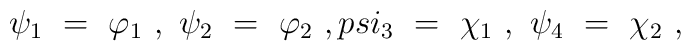
\psi_1 \ =\ \varphi_1 \ ,\ \psi_2 \ =\ \varphi_2 \ ,\\psi_3 \ =\ \chi_1 \ ,\ \psi_4 \ =\ \chi_2 \ ,